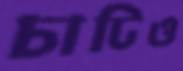
চাটিও